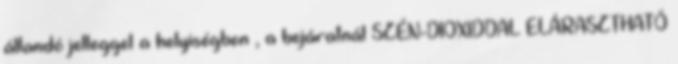
állandó jelleggel a helyiségben , a bejáratnál SZÉN-DIOXIDDAL ELÁRASZTHATÓ